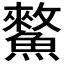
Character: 𩻯